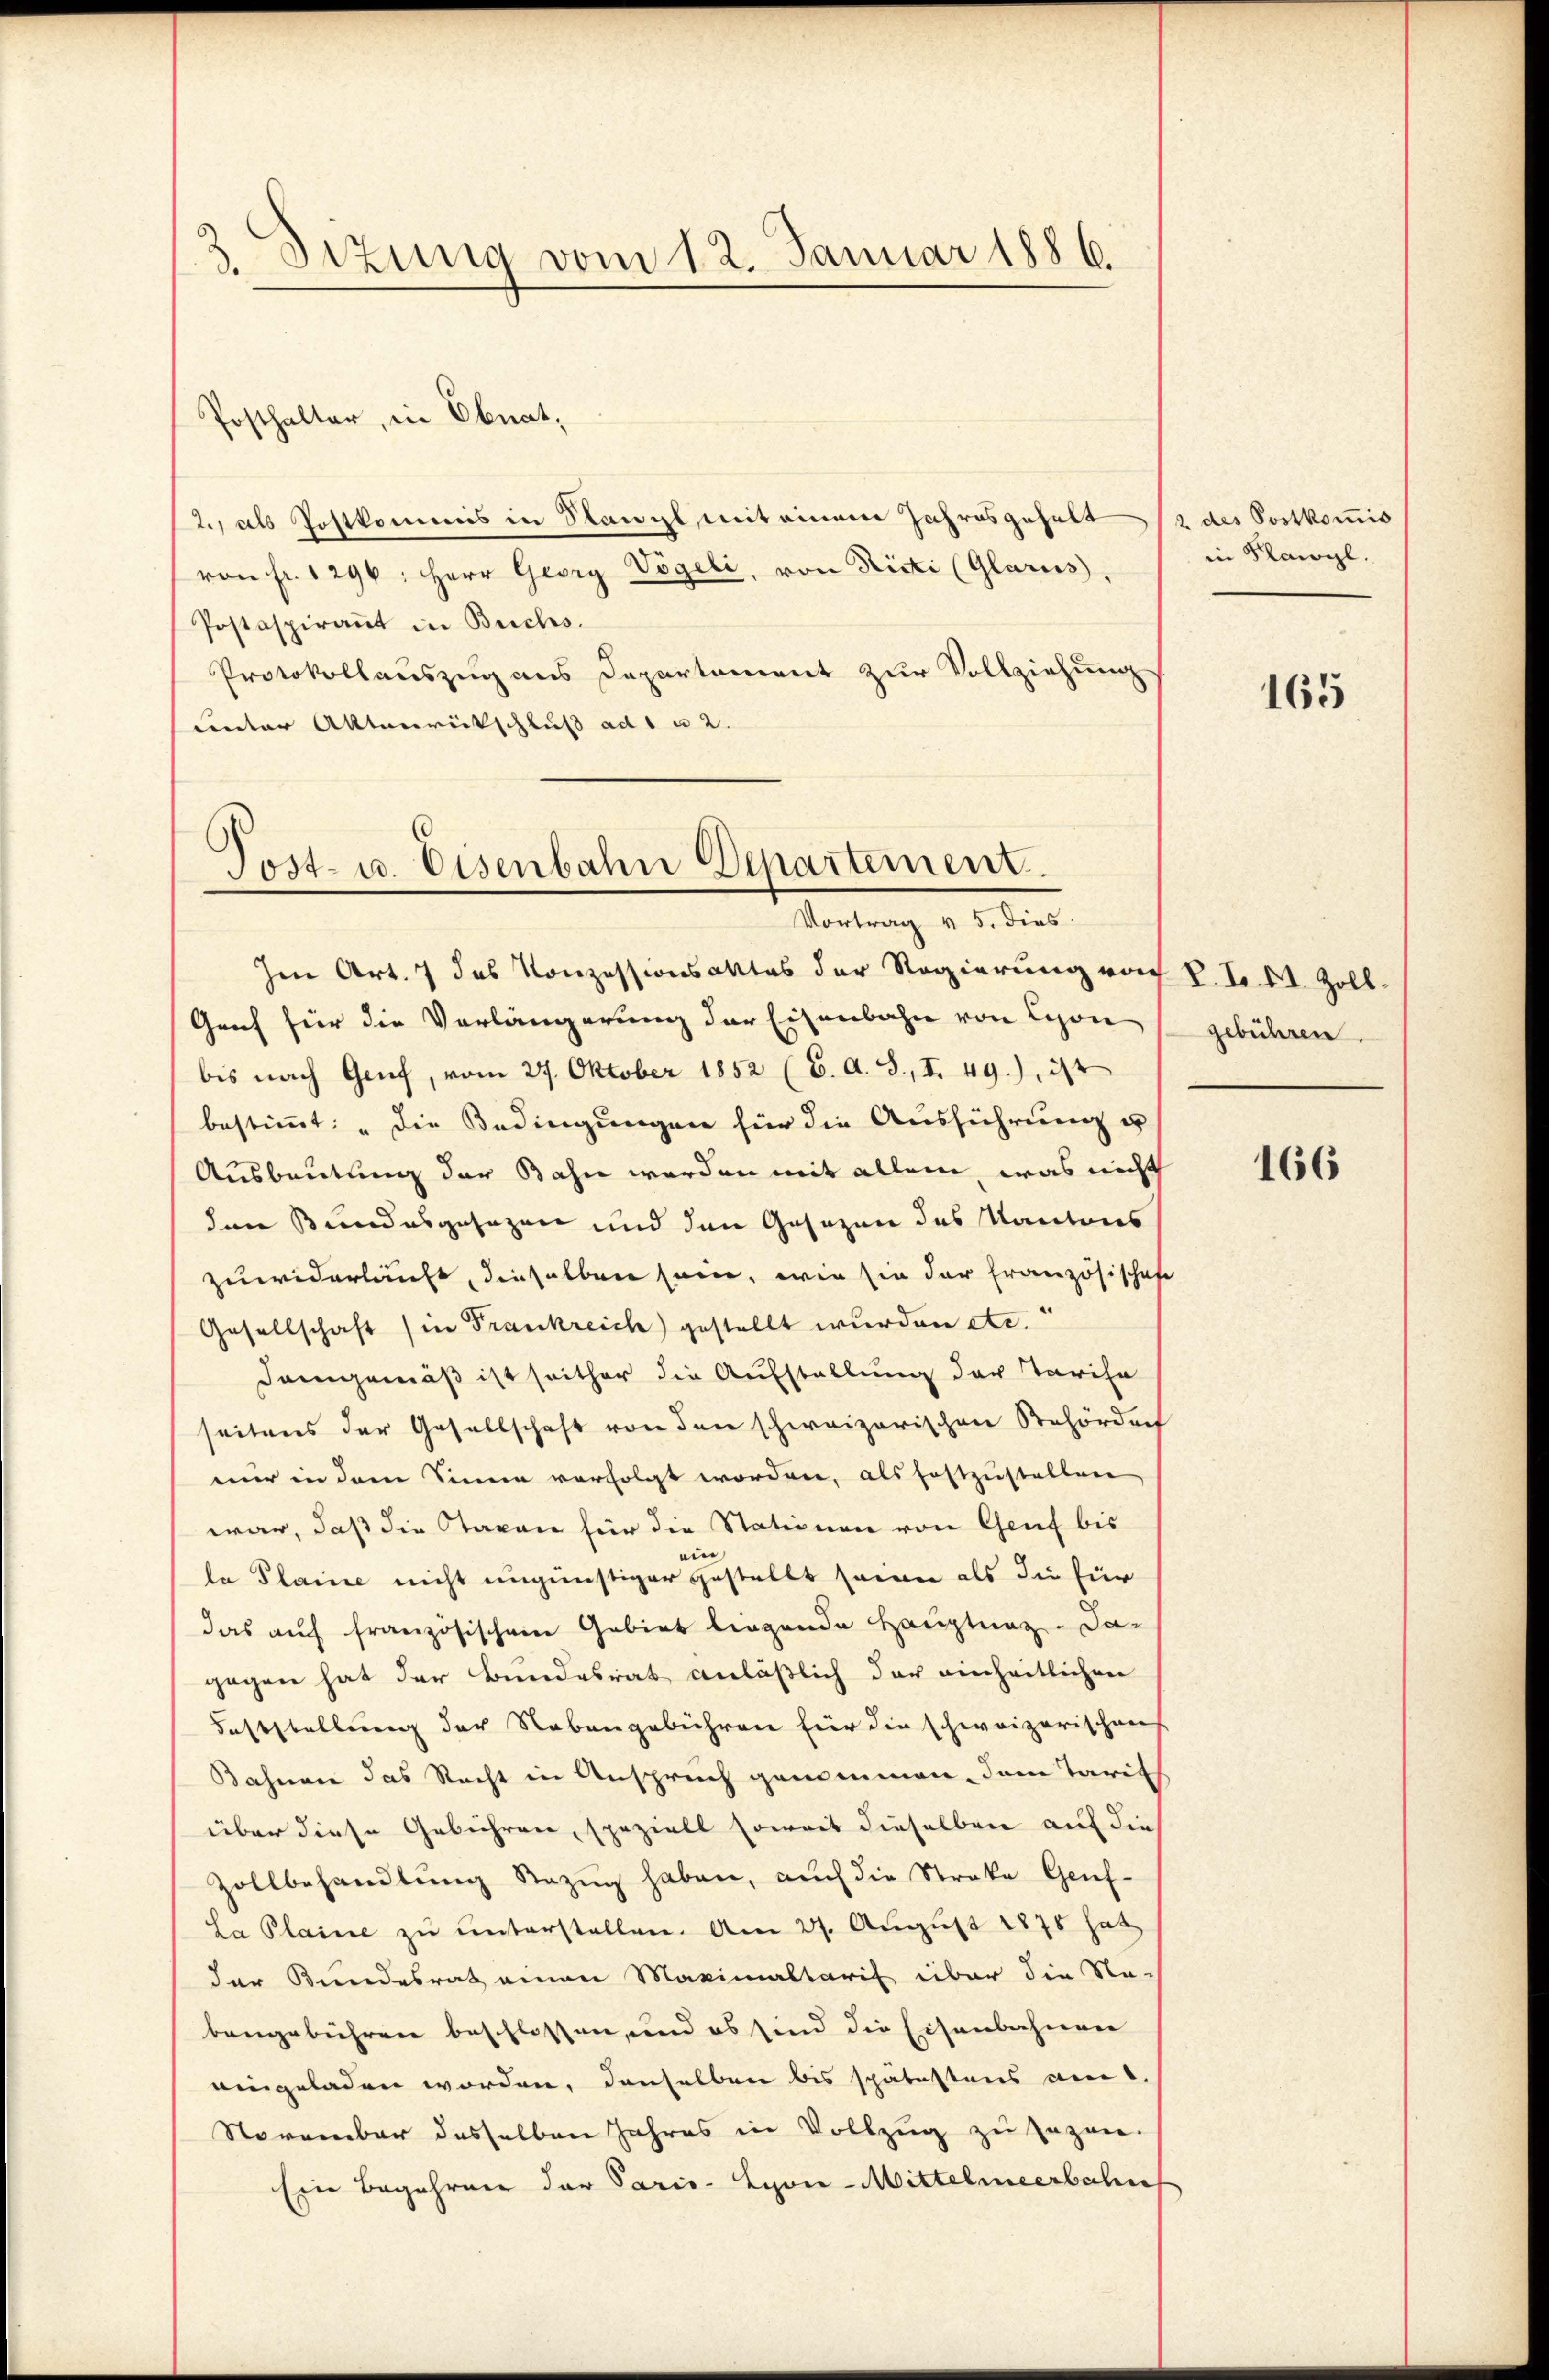
Sizung vom 12. Januar 1886.

Posthalter, in Ebnat,
12., als Postkommis in Stanzl mit einem Jahresgehalt
von fr. 1296: Herr Georg Vögeli, von Ricti (Glarus,
Postaspirant in Buchs.
Protokollauszug aus Departement zur Vollziehung
unter Aktenrückschluß ad 1 u 2.

Tost- u. Eisenbahn Departement.
Vortrag v. 5. dies

Im Art. 7 des Konzessionsaktes der Regierung von P. L. 51. Zoll¬
Grif für die Verlängerung der Eisenbahn von Lyon gebühren.
bis nach Genf, vom 27. Oktober 1852 (6. A. S., I. 49), 34
bestimmt: „Die Bedingungen für die Ausführung u
Ausbeutung der Bahn werden mit allem, was nicht
den Bundesgesagen und den Gesezen des Kantons
zuwiderläuft, dieselben sein, wie sie der französischeh
Gesellschaft (in Frankreich gestellt wurden etc.“
Demgemäß ist seither die Aufstellung der Tarisa
seitens der Gesellschaft von den schweizerischen Rehördert
nur in dem Sinne verfolgt worden, als festzustellen
war, daß die Taxen für die Stationen von Genf bis
la Plaine nicht ungünstiger gestellt seine als die für
das auf französischen Gebiet liegende Hauptung. Das
gegen hat der Bundesrat anläßlich der einheitlichen
Feststellung der Nebengebühren für die schweizerischen
Bahnen das Recht in Anspruch genommen, dem Tarifs
über diese Gebühren, speziell soweit dieselben auf die
Zollbehandlung Bezug haben, auch die Streke Genf¬
La Plaine zu unterstellen. Am 27. August 1875 hat
der Bundesrath einen Maximaltarif über die Na-
bangebühren beschlossen, und es sind die Eisenbahnen
eingeladen worden, denselben bis spätestens am 1.
November desselben Jahres in Vollzug zu sagen.
Eine Begehren der Paris - Lyon-Mittelmeerbahn

2 des Postkomis
in Flawyl.

165

166